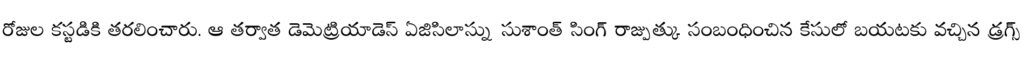
రోజుల కస్టడికి తరలించారు. ఆ తర్వాత డెమెట్రియాడెస్ ఏజిసిలాస్ను సుశాంత్ సింగ్ రాజ్పుత్కు సంబంధించిన కేసులో బయటకు వచ్చిన డ్రగ్స్